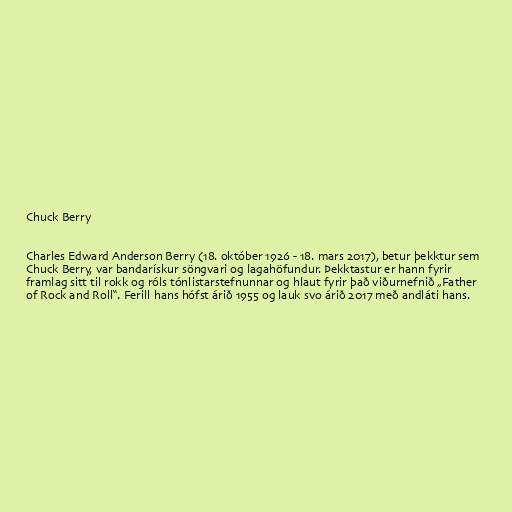
Chuck Berry

Charles Edward Anderson Berry (18. október 1926 - 18. mars 2017), betur þekktur sem
Chuck Berry, var bandarískur söngvari og lagahöfundur. Þekktastur er hann fyrir
framlag sitt til rokk og róls tónlistarstefnunnar og hlaut fyrir það viðurnefnið „Father
of Rock and Roll“. Ferill hans hófst árið 1955 og lauk svo árið 2017 með andláti hans.